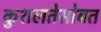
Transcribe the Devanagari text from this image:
कुशलतेसोबत